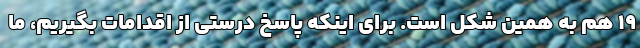
۱۹ هم به همین شکل است. برای اینکه پاسخ درستی از اقدامات بگیریم، ما